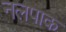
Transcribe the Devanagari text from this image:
नलपाक